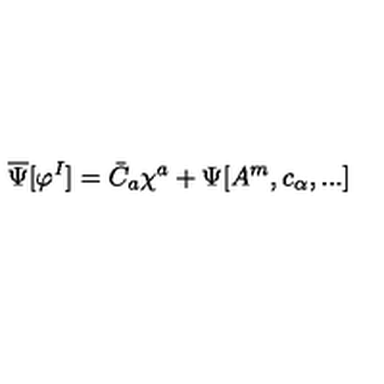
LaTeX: \overline { \Psi } [ \varphi ^ { I } ] = \bar { C } _ { a } \chi ^ { a } + \Psi [ A ^ { m } , c _ { \alpha } , . . . ]